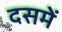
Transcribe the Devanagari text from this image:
दसमें